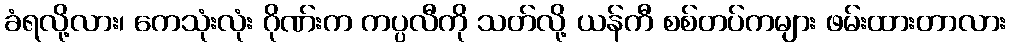
ခံရလို့လား၊ ကေသုံးလုံး ဂိုဏ်းက ကပ္ပလီကို သတ်လို့ ယန်ကီ စစ်တပ်ကများ ဖမ်းထားတာလား